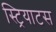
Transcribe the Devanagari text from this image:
स्ट्रियाटस